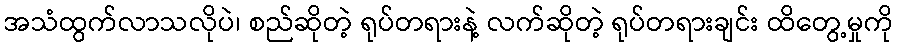
အသံထွက်လာသလိုပဲ၊ စည်ဆိုတဲ့ ရုပ်တရားနဲ့ လက်ဆိုတဲ့ ရုပ်တရားချင်း ထိတွေ့မှုကို